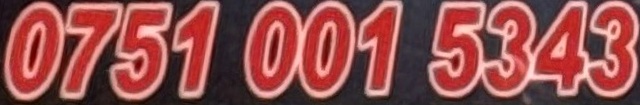
0751 001 5343